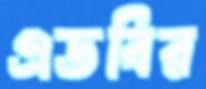
এডবির